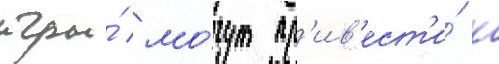
игры́ мо́гут пр'ив'ест'и́ к